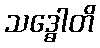
သဒ္ဓေါတိ